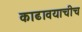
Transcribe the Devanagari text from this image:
काढावयाचीच